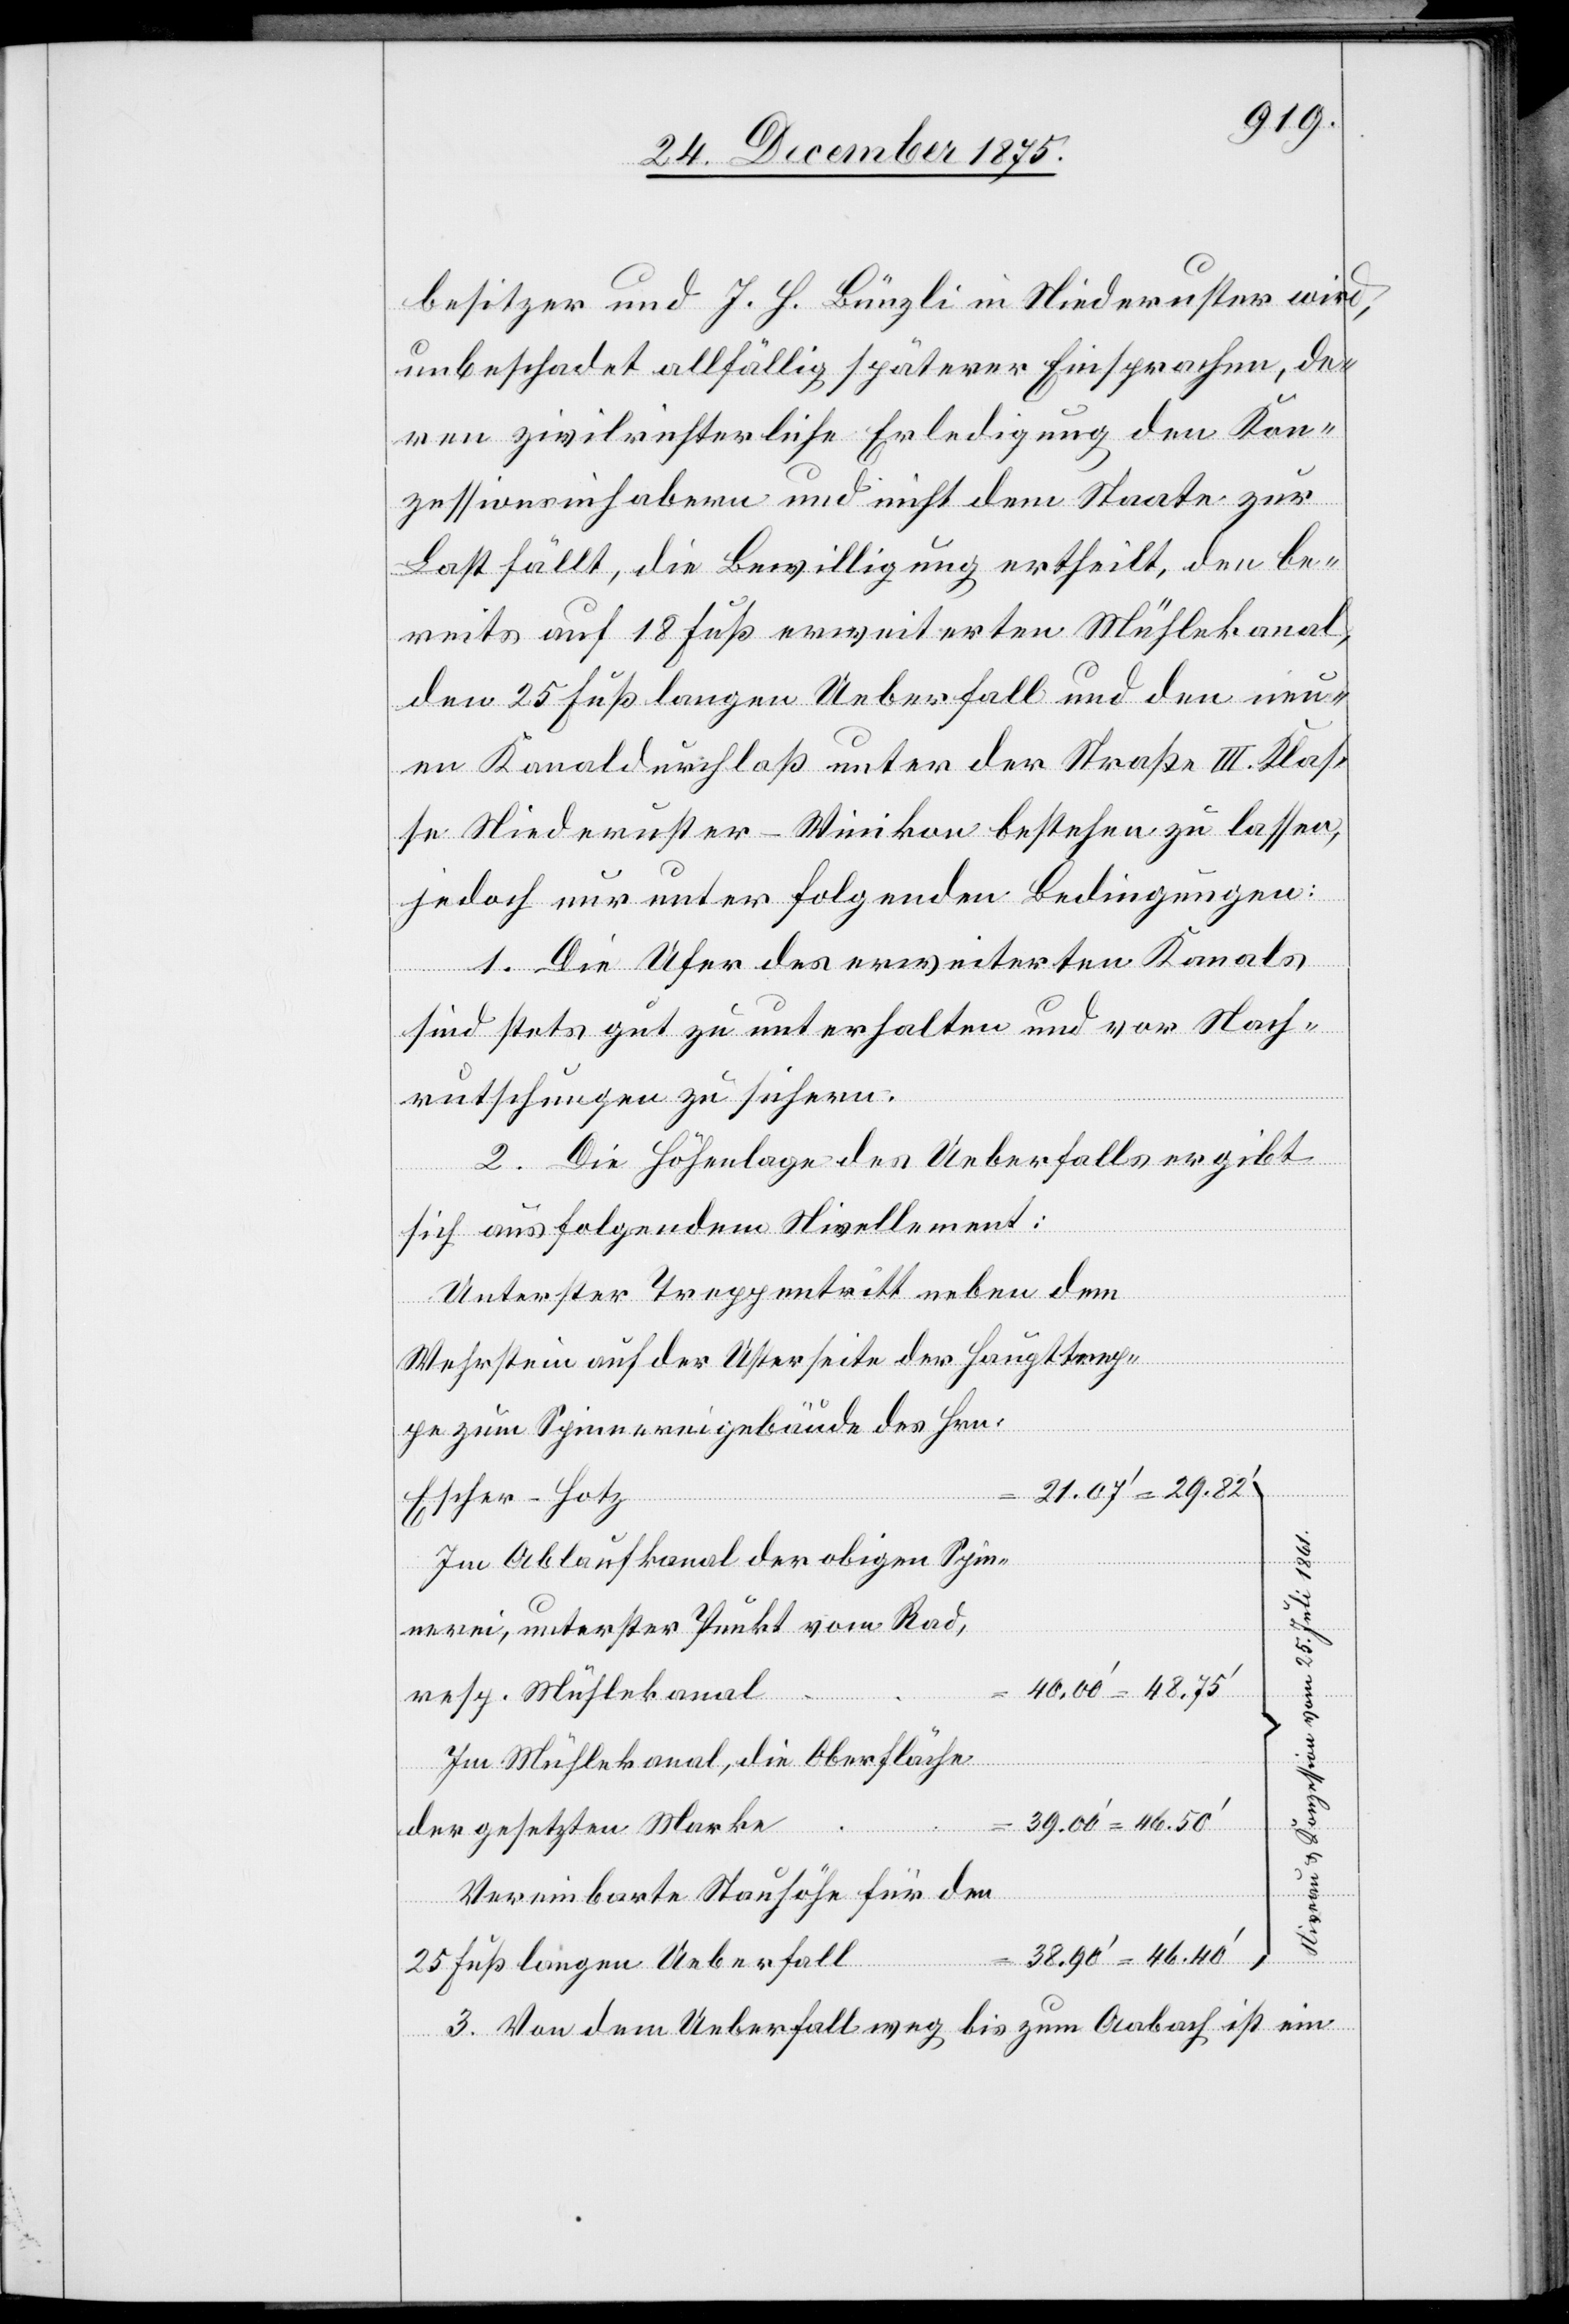
besitzer und J. H. Bünzli in Niederuster wird,
unbeschadet allfällig späterer Einsprachen, de¬
ren zivilrichterliche Erledigung den Kon¬
zessionsinhabern und nicht dem Staate zur
Last fällt, die Bewilligung ertheilt, den be¬
reits auf 18 Fuß erweiterten Mühlekanal,
den 25 Fuß langen Ueberfall und den neu¬
en Kanaldurchlaß unter der Straße III. Klas¬
se Niederuster–Winikon bestehen zu lassen,
jedoch nur unter folgenden Bedingungen:
1. Die Ufer des erweiterten Kanals
sind stets gut zu unterhalten und vor Nach¬
rutschungen zu sichern.
2. Die Höhenlage des Ueberfalls ergibt
sich aus folgendem Nivellement:
Unterster Treppentritt neben dem
Wehrstein auf der Usterseite der Haupttrep¬
pe zum Spinnereigebäude des Hrn.
Escher-Hotz
vom
Im Ablaufkanal der obigen Spin¬
nerei, unterster Punkt vom Rad,
resp. Mühlekanal
Im Mühlekanal, die Oberfläche
der gesetzten Marke
Vereinbarte Stauhöhe für den
25 Fuß langen Ueberfall
3. Von dem Ueberfall weg bis zum Aabach ist ein